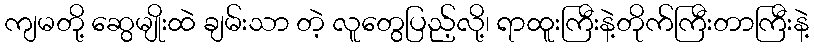
ကျမတို့ ဆွေမျိုးထဲ ချမ်းသာ တဲ့ လူတွေပြည့်လို့၊ ရာထူးကြီးနဲ့တိုက်ကြီးတာကြီးနဲ့